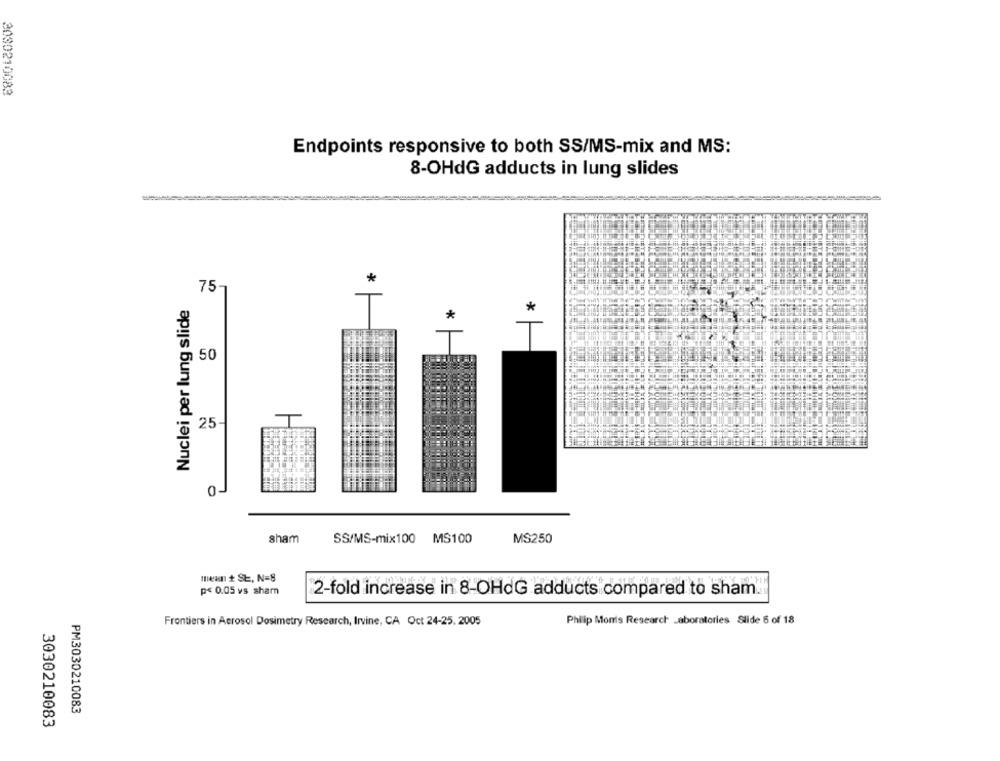
3030210083
Endpoints responsive to both SS/MS-mix and MS:
8-OHdG adducts in lung slides
*
75
Nuclei per lung slide
*
*
₥ 50
25-
0
sham
SS/MS-mix100
MS100
MS250
men + St, N=8
p< 0.05 vs sham
2-fold increase in 8-OHdG adducts compared to sham.
Frontiers in Aerosol Dosimetry Research, Irvine, CA Oct 24-25, 2005
Philip Morris Research Laboratories Slide 6 of 18
PM3030210083
3030210083